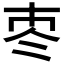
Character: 𡗭